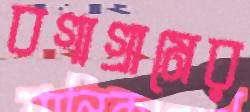
বগাগ্রামের